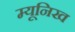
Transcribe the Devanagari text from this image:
म्‍यूनिख